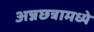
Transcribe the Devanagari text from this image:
अन्नछत्रामध्ये